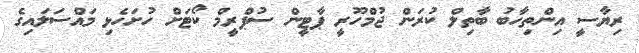
ރިޔާސީ އިންތިހާބު ބާތިލް ކުރަން ޖުމްހޫރީ ޕާޓީން ސުޕްރީމް ކޯޓަށް ހުށަހެޅި މައްސަލައިގެ